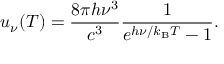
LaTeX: u _ { \nu } ( T ) = { \frac { 8 \pi h \nu ^ { 3 } } { c ^ { 3 } } } { \frac { 1 } { e ^ { h \nu / k _ { \mathrm { B } } T } - 1 } } .